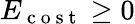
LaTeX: E_{\mathrm{~c~o~s~t~}}\ge 0